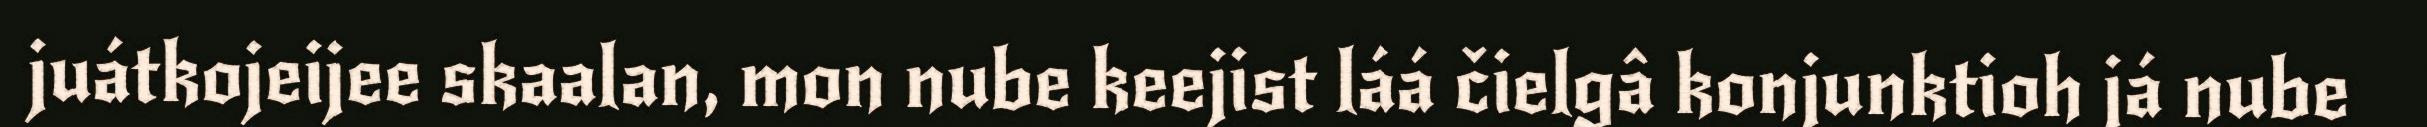
juátkojeijee skaalan, mon nube keejist láá čielgâ konjunktioh já nube